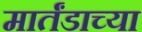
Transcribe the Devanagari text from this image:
मार्तंडाच्या